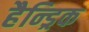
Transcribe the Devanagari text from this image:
हैन्ड्रिक